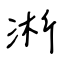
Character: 淅